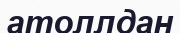
атоллдан